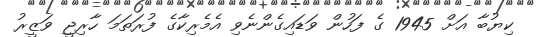
ކިޔުބާ އަށް 1945 ގެ ފަހުން ވަޑައިގެންނެވި އެމެރިކާގެ ފުރަތަމަ ހާރިޖީ ވަޒީރު